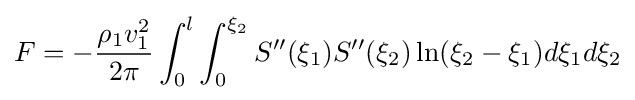
F=-{\frac {\rho _{1}v_{1}^{2}}{2\pi }}\int _{0}^{l}\int _{0}^{\xi _{2}}S''(\xi _{1})S''(\xi _{2})\ln(\xi _{2}-\xi _{1})d\xi _{1}d\xi _{2}